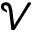
\mathcal { V }